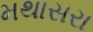
મથાસરા